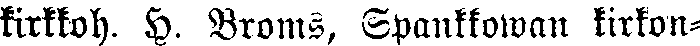
kirkkoh. H. Broms, Spankkowan kirkon-